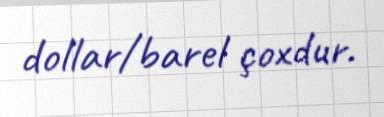
dollar/barel çoxdur.